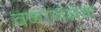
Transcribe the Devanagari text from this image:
वनागमन